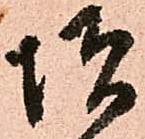
増